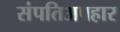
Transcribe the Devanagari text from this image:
संपतिअपहार